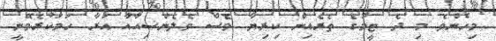
މިހެންވެ މި ދެ ޓީމުގެ ތެރެއިން ކިރިޔާ ވެސް ވެލެންސިއާއާ އަރާ ހަމަކުރެވޭނީ